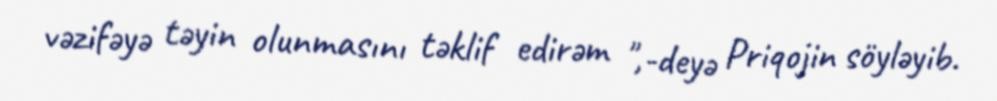
vəzifəyə təyin olunmasını təklif edirəm ",-deyə Priqojin söyləyib.